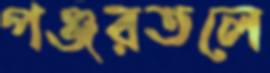
পঞ্জরতলে